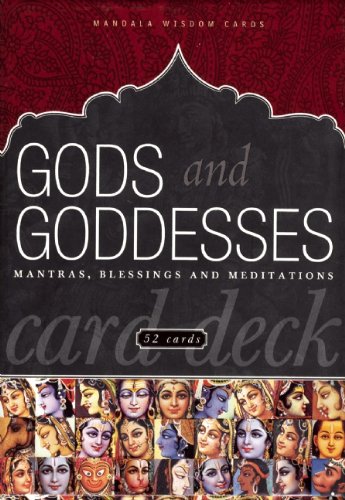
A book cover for Gods and Goddesses Card Deck: Mantras, Blessings, and Meditations (Mandala Wisdom Decks); Editors of Mandala Publishing; Religion & Spirituality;